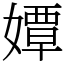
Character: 㜤